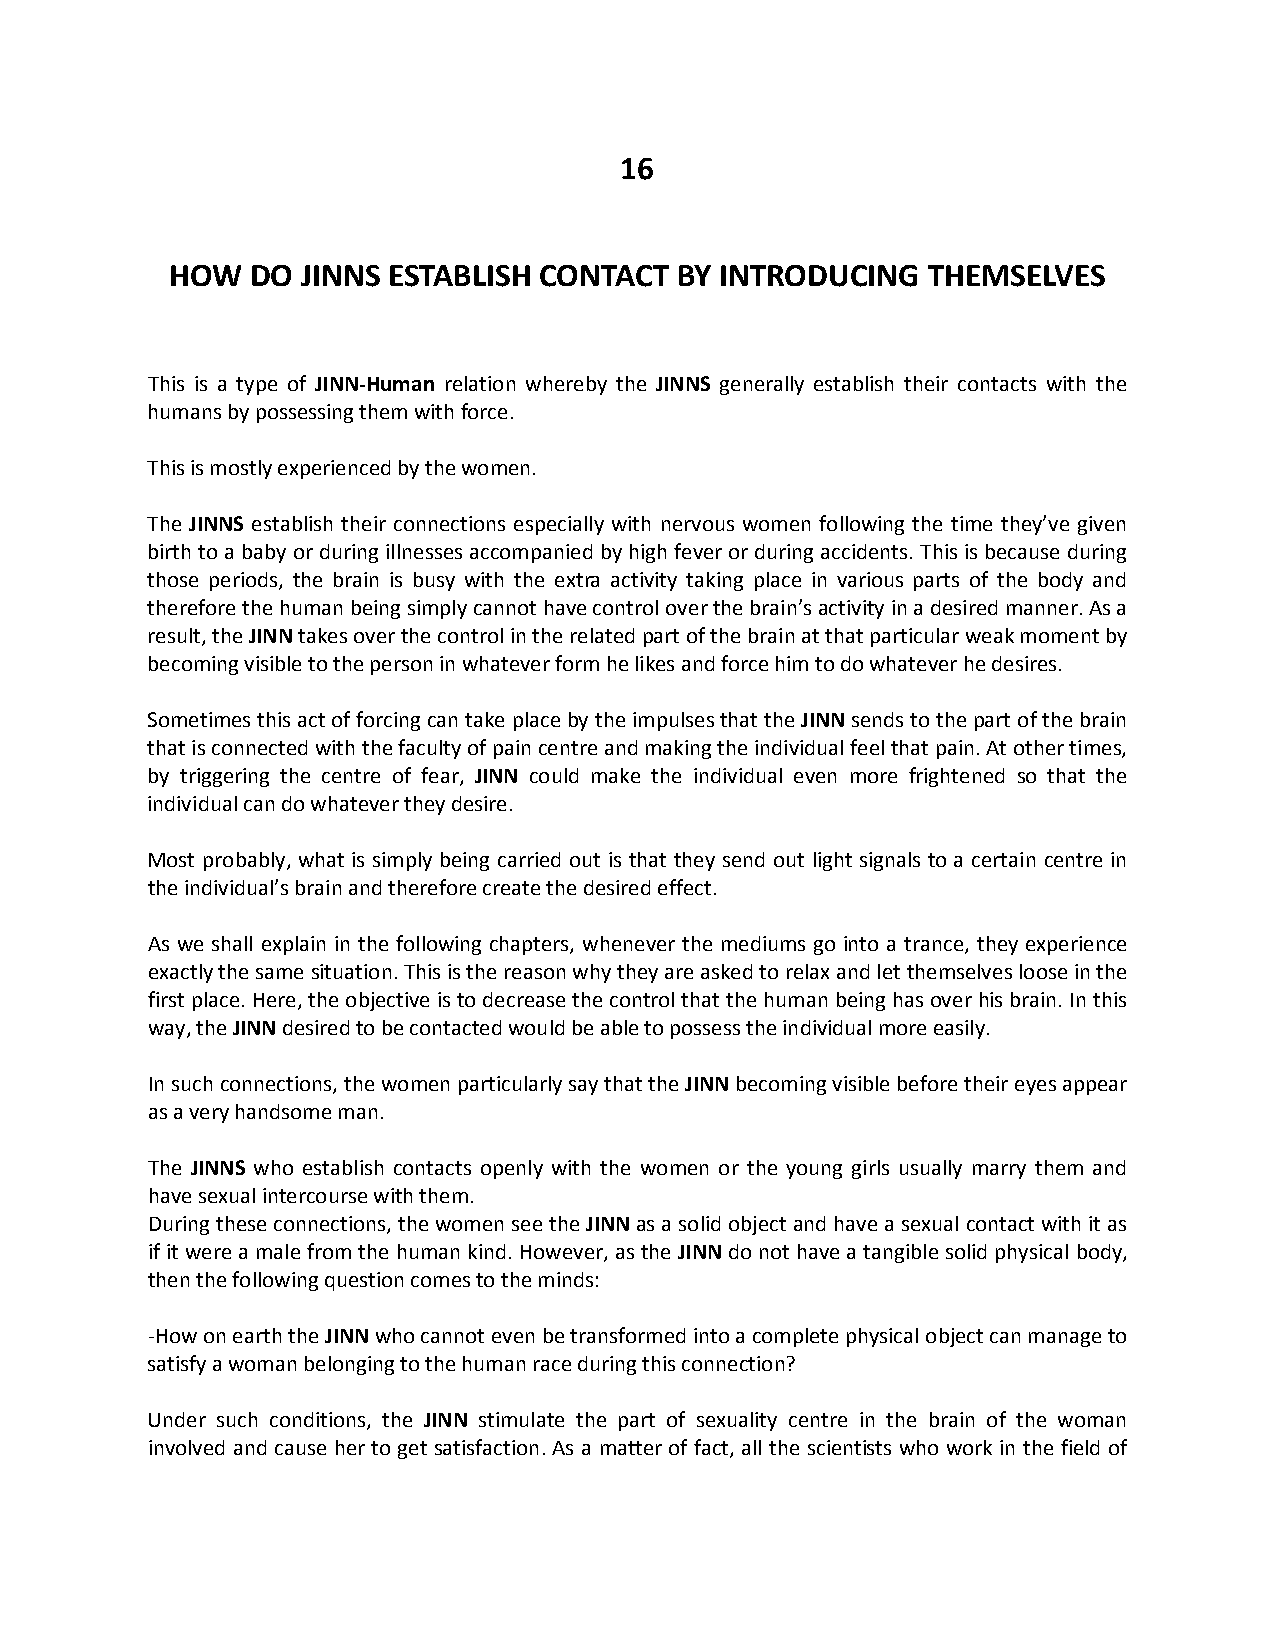
16
 HOW   DO JINNS ESTABLISH CONTACT  BY INTRODUCING  THEMSELVES
 This is a type of JINN-Human relation whereby the JINNS generally establish their contacts with the
 humans by possessing them with force.
 This is mostly experienced by the women.
 The JINNS establish their connections especially with nervous women following the time they’ve given
 birth to a baby or during illnesses accompanied by high fever or during accidents. This is because during
 those periods, the brain is busy with the extra activity taking place in various parts of the body and
 therefore the human being simply cannot have control over the brain’s activity in a desired manner. As a
 result, the JINN takes over the control in the related part of the brain at that particular weak moment by
 becoming visible to the person in whatever form he likes and force him to do whatever he desires.
 Sometimes this act of forcing can take place by the impulses that the JINN sends to the part of the brain
 that is connected with the faculty of pain centre and making the individual feel that pain. At other times,
 by triggering the centre of fear, JINN could make the individual even more frightened so that the
 individual can do whatever they desire.
 Most probably, what is simply being carried out is that they send out light signals to a certain centre in
 the individual’s brain and therefore create the desired effect.
 As we shall explain in the following chapters, whenever the mediums go into a trance, they experience
 exactly the same situation. This is the reason why they are asked to relax and let themselves loose in the
 first place. Here, the objective is to decrease the control that the human being has over his brain. In this
 way, the JINN desired to be contacted would be able to possess the individual more easily.
 In such connections, the women particularly say that the JINN becoming visible before their eyes appear
 as a very handsome man.
 The JINNS who establish contacts openly with the women or the young girls usually marry them and
 have sexual intercourse with them.
 During these connections, the women see the JINN as a solid object and have a sexual contact with it as
 if it were a male from the human kind. However, as the JINN do not have a tangible solid physical body,
 then the following question comes to the minds:
 -How on earth the JINN who cannot even be transformed into a complete physical object can manage to
 satisfy a woman belonging to the human race during this connection?
 Under such conditions, the JINN stimulate the part of sexuality centre in the brain of the woman
 involved and cause her to get satisfaction. As a matter of fact, all the scientists who work in the field of